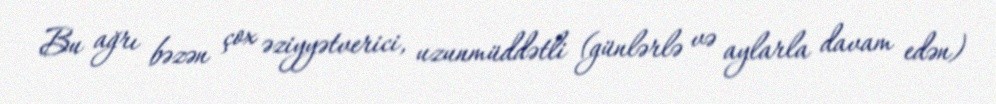
Bu ağrı bəzən çox əziyyətverici, uzunmüddətli (günlərlə və aylarla davam edən)